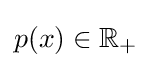
p(x)\in \mathbb {R} _{+}